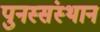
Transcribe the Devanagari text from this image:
पुनस्संस्थान